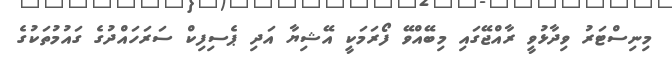
މިނިސްޓަރު ވިދާޅުވީ ރާއްޖޭގައި މިބޭއްވޭ ފޯރަމަކީ އޭޝިޔާ އަދި ޕެސިފިކް ސަރަހައްދުގެ ގައުމުތަކުގެ